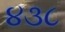
૪૩૮